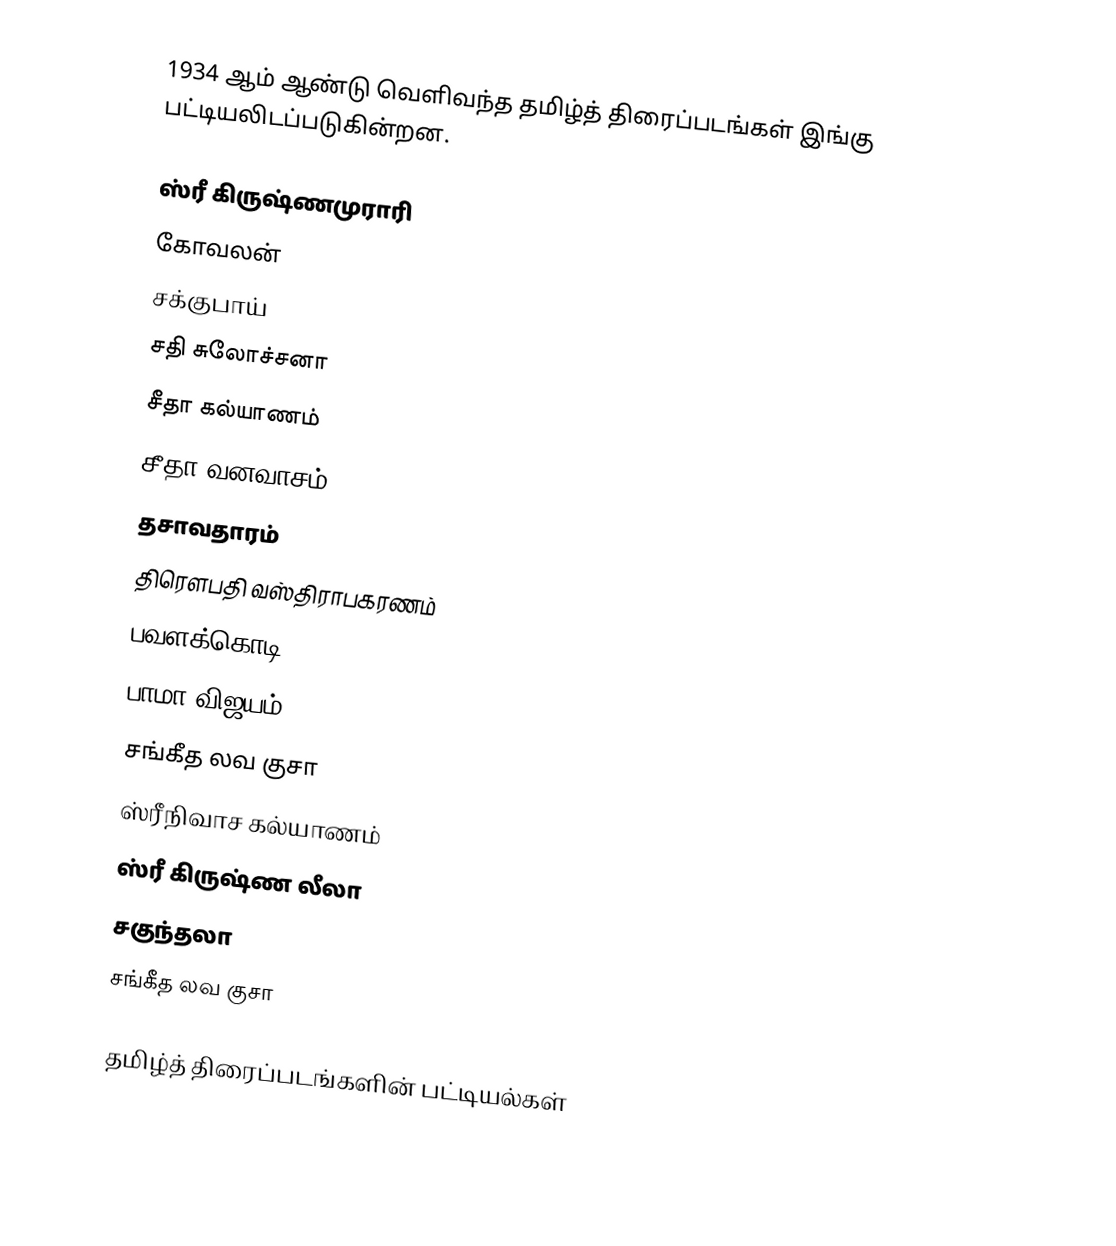
1934 ஆம் ஆண்டு வெளிவந்த தமிழ்த் திரைப்படங்கள் இங்கு பட்டியலிடப்படுகின்றன.

 ஸ்ரீ கிருஷ்ணமுராரி
 கோவலன்
 சக்குபாய்
 சதி சுலோச்சனா
 சீதா கல்யாணம்
 சீதா வனவாசம்
 தசாவதாரம்
 திரௌபதி வஸ்திராபகரணம்
 பவளக்கொடி
 பாமா விஜயம்
 சங்கீத லவ குசா
 ஸ்ரீநிவாச கல்யாணம்
 ஸ்ரீ கிருஷ்ண லீலா
 சகுந்தலா
 சங்கீத லவ குசா

தமிழ்த் திரைப்படங்களின் பட்டியல்கள்